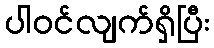
ပါဝင်လျက်ရှိပြီး